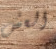
العش